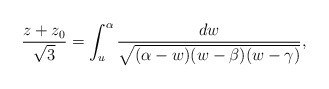
\begin{align*}\frac{z+z_0}{\sqrt{3}}=\int_u^\alpha\frac{dw}{\sqrt{(\alpha-w)(w-\beta)(w-\gamma)}},\end{align*}